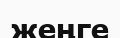
жеңге